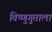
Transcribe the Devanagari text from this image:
विष्णुगुप्ताला